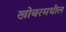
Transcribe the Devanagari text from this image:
खोबरमधील